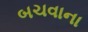
બચવાના